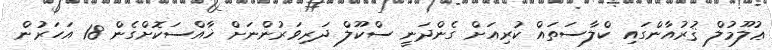
ޢުލޫމުލް ޤުރުއާންގައި ކްލާސަތައް ކުރިއަށް ގެންދަނީ ސްކޫލް ދަރިވަރުންނަށް ޚާއްސަކޮށްގެން 18 އަހަރުން